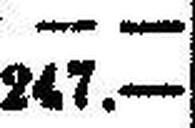
247.—